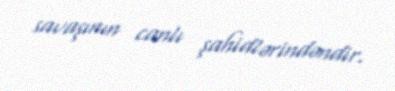
savaşının canlı şahidlərindəndir.